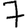
Digit: 7